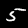
Label: 5